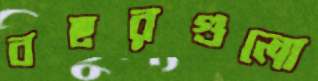
বছরগুলো